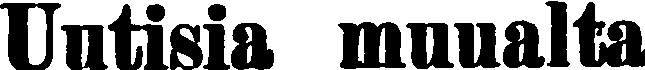
Uutisia muualta